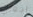
اجعلي